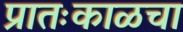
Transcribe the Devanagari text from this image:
प्रातःकाळचा